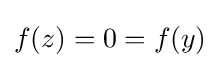
f(z)=0=f(y)